Report of an investigation into the causes of malaria in Bombay and the measures necessary for its control
Disease focus: Malaria
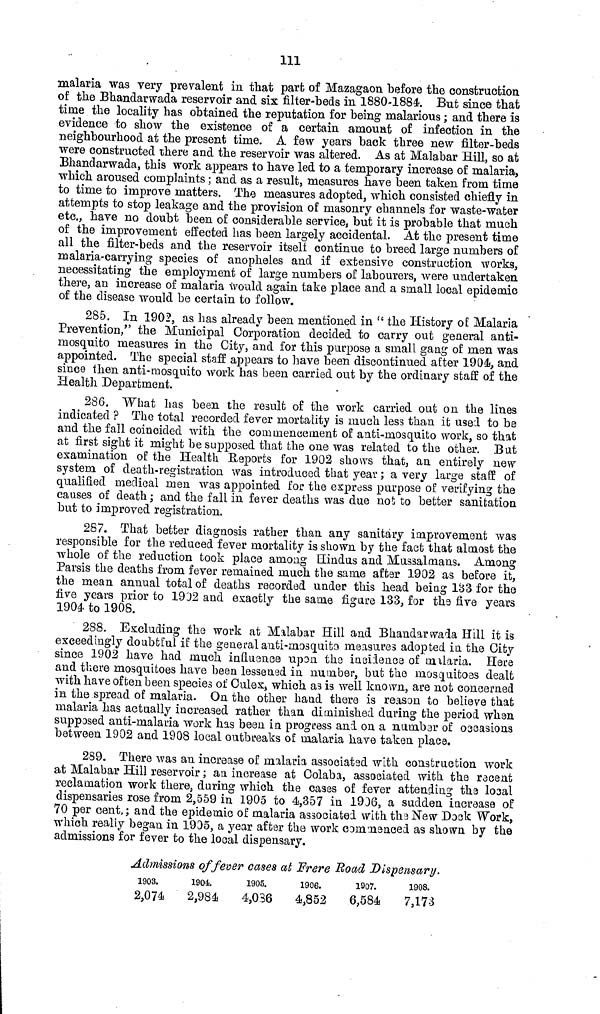
111
malaria was very prevalent in that part of Mazagaon before the construction
of the Bhandarwada reservoir and six filter-beds in 1880-1884. But since that
time the locality has obtained the reputation for being malarious; and there is
evidence to show the existence of a certain amount of infection in the
neighbourhood at the present time. A few years back three new filter-beds
were constructed there and the reservoir was altered. As at Malabar Hill, so at
[Bhandarwada, this work appears to have led to a temporary increase of malaria,
which aroused complaints; and as a result, measures have been taken from time
to time to improve matters. The measures adopted, which consisted chiefly in
attempts to stop leakage and the provision of masonry channels for waste-water
etc., have no doubt been of considerable service, but it is probable that much
of the improvement effected has been largely accidental. At the present time
all the filter-beds and the reservoir itself continue to breed large numbers of
malaria-carrying species of anopheles and if extensive construction works,
necessitating the employment of large numbers of labourers, were undertaken
there, an increase of malaria would again take place and a small local epidemic
of the disease would be certain to follow.
285. In 1902, as has already been mentioned in " the History of Malaria
Prevention," the Municipal Corporation decided to carry out general anti-
mosquito measures in the City, and for this purpose a small gang of men was
appointed. The special staff appears to have been discontinued after 1904, and
since then anti-mosquito work has been carried out by the ordinary staff of the
Health Department.
286. What has been the result of the work carried out on the lines
indicated ? The total recorded fever mortality is much less than it used to be
and the fall coincided with the commencement of anti-mosquito work, so that
at first sight it might be supposed that the one was related to the other. But
examination of the Health Reports for 1902 shows that, an entirely new
system of death-registration was introduced that year; a very large staff of
qualified medical men was appointed for the express purpose of verifying the
causes of death; and the fall in fever deaths was due not to better sanitation
but to improved registration.
287. That better diagnosis rather than any sanitary improvement was
responsible for the reduced fever mortality is shown by the fact that almost the
whole of the reduction took place among Hindus and Mus3almans. Among
Parsis the deaths from fever remained much the same after 1902 as before it,
the mean annual total of deaths recorded under this head being 133 for the
five years prior to 1902 and exactly the same figure 133, for the five years
1904 to 1908.
288. Excluding the work at Malabar Hill and Bhandarwada Hill it is
exceedingly doubtful if the general anti-mosquito measures adopted in the City
since 1902 have had much influence upon the incidence of malaria. Here
and there mosquitoes have been lessened in number, but the mosquitoes dealt
with have often been species of Culex, which as is well known, are not concerned
in the spread of malaria. On the other hand there is reason to believe that
malaria has actually increased rather than diminished during the period when
supposed anti-malaria work has been in progress and on a number of occasions
between 1902 and 1908 local outbreaks of malaria have taken place.
289. There was an increase of malaria associated with construction work
at Malabar Hill reservoir; an increase at Colaba, associated with the recent
reclamation work there, during which the cases of fever attending the local
dispensaries rose from 2,559 in 1905 to 4,357 in 1936, a sudden increase of
70 per cent; and the epidemic of malaria associated with the New Dock Work,
which realty began in 1905, a year after the work commenced as shown by the
admissions for fever to the local dispensary.
Admissions of fever cases at Frere Road Dispensary.
1903.
2,074
1904.
2,984
1905.
4,036
1906.
4,852
1907.
6,584
1908.
7,173